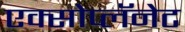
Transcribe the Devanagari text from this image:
एक्सोप्लॅनेट